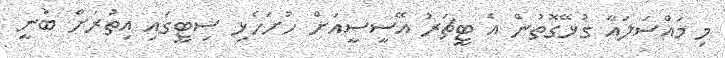
މި މައްސަލައާ ގުޅޭގޮތުން އެ ޓީޗަރު އޭސީސީއަށް ހުށަހެޅި ސިޓީގައި އިތުރަށް ބުނީ